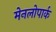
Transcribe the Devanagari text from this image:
मेनलोपार्क